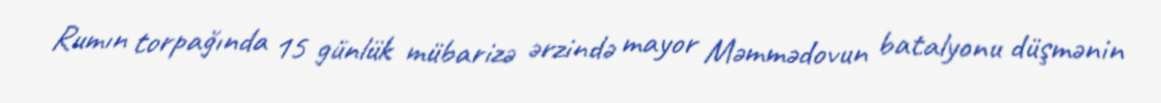
Rumın torpağında 15 günlük mübarizə ərzində mayor Məmmədovun batalyonu düşmənin